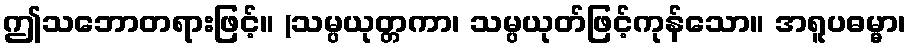
ဤသဘောတရားဖြင့်။ (သမ္ပယုတ္တကာ၊ သမ္ပယုတ်ဖြင့်ကုန်သော။ အရူပဓမ္မာ၊